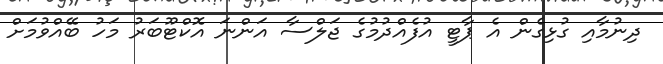
ދިނުމާއި ގުޅިގެން އެ ޕާޓީ އުފެއްދުމުގެ ޖަލްސާ އަންނަ އޮކްޓޫބަރު މަހު ބޭއްވުމަށް